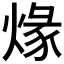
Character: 𤊺